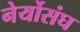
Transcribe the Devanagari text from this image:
नेर्योसंघ